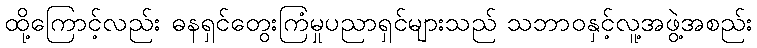
ထို့ကြောင့်လည်း ဓနရှင်တွေးကြံမှုပညာရှင်များသည် သဘာဝနှင့်လူ့အဖွဲ့အစည်း